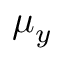
\mu _ { y }